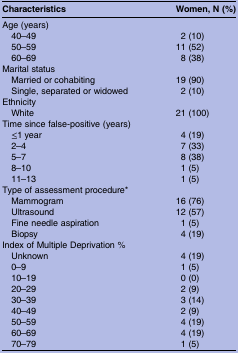
<table><thead><tr><td><b>Characteristics</b></td><td><b>Women, N (%)</b></td></tr></thead><tbody><tr><td colspan="2">Age (years)</td></tr><tr><td> 40–49</td><td>2 (10)</td></tr><tr><td> 50–59</td><td>11 (52)</td></tr><tr><td> 60–69</td><td>8 (38)</td></tr><tr><td colspan="2">Marital status</td></tr><tr><td> Married or cohabiting</td><td>19 (90)</td></tr><tr><td> Single, separated or widowed</td><td>2 (10)</td></tr><tr><td colspan="2">Ethnicity</td></tr><tr><td> White</td><td>21 (100)</td></tr><tr><td colspan="2">Time since false-positive (years)</td></tr><tr><td> ≤1 year</td><td>4 (19)</td></tr><tr><td> 2–4</td><td>7 (33)</td></tr><tr><td> 5–7</td><td>8 (38)</td></tr><tr><td> 8–10</td><td>1 (5)</td></tr><tr><td> 11–13</td><td>1 (5)</td></tr><tr><td colspan="2">Type of assessment procedure*</td></tr><tr><td> Mammogram</td><td>16 (76)</td></tr><tr><td> Ultrasound</td><td>12 (57)</td></tr><tr><td> Fine needle aspiration</td><td>1 (5)</td></tr><tr><td> Biopsy</td><td>4 (19)</td></tr><tr><td colspan="2">Index of Multiple Deprivation %</td></tr><tr><td> Unknown</td><td>4 (19)</td></tr><tr><td> 0–9</td><td>1 (5)</td></tr><tr><td> 10–19</td><td>0 (0)</td></tr><tr><td> 20–29</td><td>2 (9)</td></tr><tr><td> 30–39</td><td>3 (14)</td></tr><tr><td> 40–49</td><td>2 (9)</td></tr><tr><td> 50–59</td><td>4 (19)</td></tr><tr><td> 60–69</td><td>4 (19)</td></tr><tr><td> 70–79</td><td>1 (5)</td></tr></tbody></table>